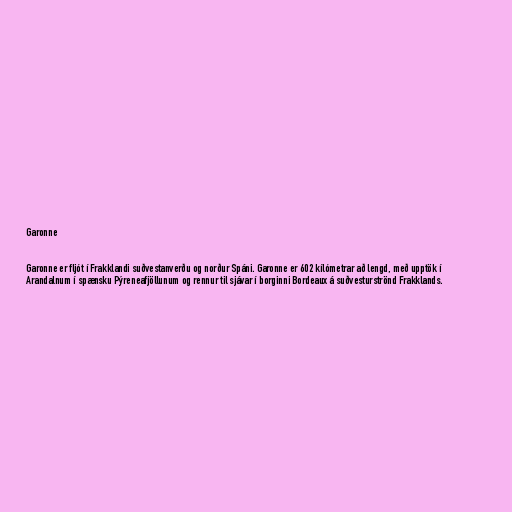
Garonne

Garonne er fljót í Frakklandi suðvestanverðu og norður Spáni. Garonne er 602 kílómetrar að lengd, með upptök í
Arandalnum í spænsku Pýreneafjöllunum og rennur til sjávar í borginni Bordeaux á suðvesturströnd Frakklands.